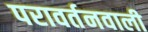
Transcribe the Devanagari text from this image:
परावर्तनवाली